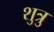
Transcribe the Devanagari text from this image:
शुत्रु